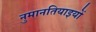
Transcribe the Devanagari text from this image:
नुमानतियाइयों